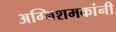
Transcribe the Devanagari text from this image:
अग्निशमकांनी